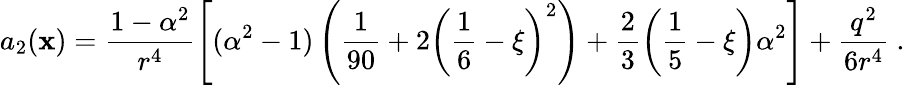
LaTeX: a_{2}(\mathbf{x})=\frac{{1-\alpha^{2}}}{{r^{4}}}\left[(\alpha^{2}-1)\left(\frac{1}{{90}}+2\left(\frac{1}{6}-\xi\right)^{2}\right)+\frac{2}{3}\left(\frac{1}{5}-\xi\right)\alpha^{2}\right]+\frac{{q^{2}}}{{6r^{4}}}\ .